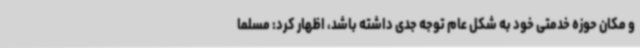
و مکان حوزه خدمتی خود به شکل عام توجه جدی داشته باشد، اظهار کرد: مسلما